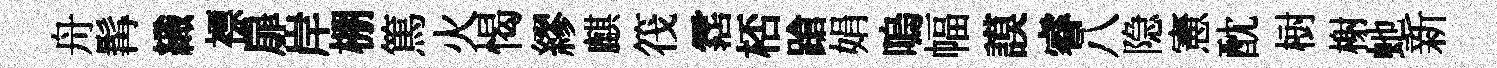
舟髯織褾扉岸棚篤火愒繆麒筏霑桮蹌娟嗚幅謨睿八隐憲酖𣗳榭虵新